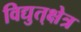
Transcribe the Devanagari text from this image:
विद्युत्‌क्षेत्र